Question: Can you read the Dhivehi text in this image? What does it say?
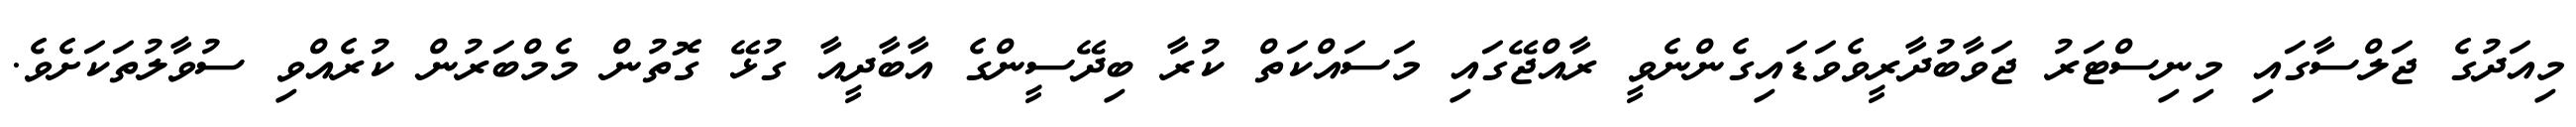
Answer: މިއަދުގެ ޖަލްސާގައި މިނިސްޓަރު ޖަވާބުދާރީވެވަޑައިގެންނެވީ ރާއްޖޭގައި މަސައްކަތް ކުރާ ބިދޭސީންގެ އާބާދީއާ ގުޅޭ ގޮތުން މެމްބަރުން ކުރެއްވި ސުވާލުތަކަށެވެ.